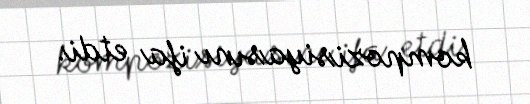
kompozisiyasını ifa etdi.